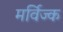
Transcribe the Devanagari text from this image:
मर्विज्क